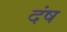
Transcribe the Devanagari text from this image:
दंष